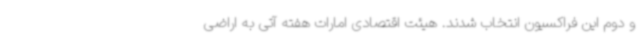
و دوم این فراکسیون انتخاب شدند. هیئت اقتصادی امارات هفته آتی به اراضی